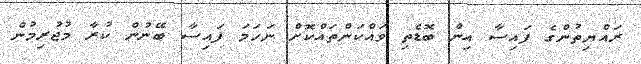
ރައްޔިތުންގެ ފައިސާ އިން ބޮޑެތި ވައްކަންތައްކޮށް ނަހަމަ ފައިސާ ބޭނުން ކުރާ މުޖުރިމުން